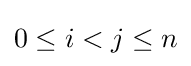
0\leq i<j\leq n